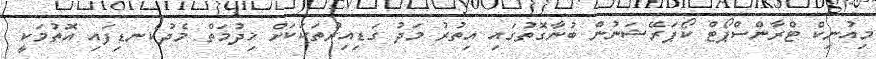
މިއުނިކް ޓްރާންސްޕޯޓް ކޯޕަރޭޝަނުން ބުނާގޮތުގައި އިތުރު މަދު ގަޑިއިރުތަކަކަށް ޚިދުމަތް މެދުކެނޑިފައި އޮތުމަކީ